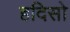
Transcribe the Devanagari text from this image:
हदिसो